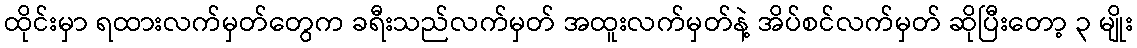
ထိုင်းမှာ ရထားလက်မှတ်တွေက ခရီးသည်လက်မှတ် အထူးလက်မှတ်နဲ့ အိပ်စင်လက်မှတ် ဆိုပြီးတော့ ၃ မျိုး